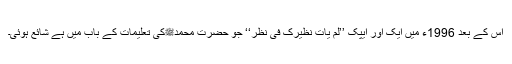
اس کے بعد 1996ء میں ایک اور ایپک ’’لم یات نظیرک فی نظر‘‘ جو حضرت محمدﷺکی تعلیمات کے باب میں ہے شائع ہوئی۔